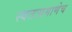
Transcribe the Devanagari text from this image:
स्वतःप्रमाणेच